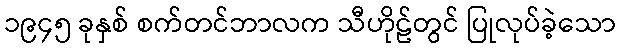
၁၉၄၅ ခုနှစ် စက်တင်ဘာလက သီဟိုဠ်တွင် ပြုလုပ်ခဲ့သော